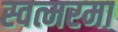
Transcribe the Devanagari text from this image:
स्वत्मरमा